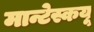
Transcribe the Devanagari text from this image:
मान्टेस्कयू